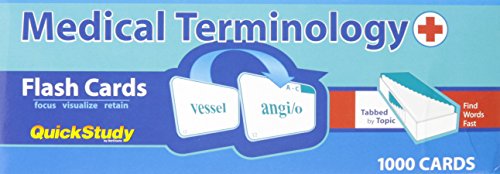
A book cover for Medical Terminology Flash Cards (Academic); Inc. BarCharts; Medical Books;